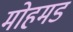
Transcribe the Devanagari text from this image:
मोहमड